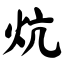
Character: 炕